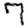
Digit: 7